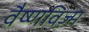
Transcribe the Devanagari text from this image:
वैष्णविज़्म